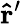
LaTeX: \mathbf{\hat{r}}^{\prime}